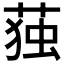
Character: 𮏺